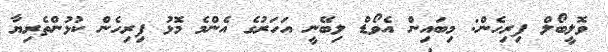
ވޮލީބޯލް ފިރިހެން: މިބައިން އެވޯޑް ލިބޭނީ އަހަރުގެ އެންމެ މޮޅު ފިރިހެން ކުޅުންތެރިޔާ